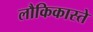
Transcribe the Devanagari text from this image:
लौकिकास्ते